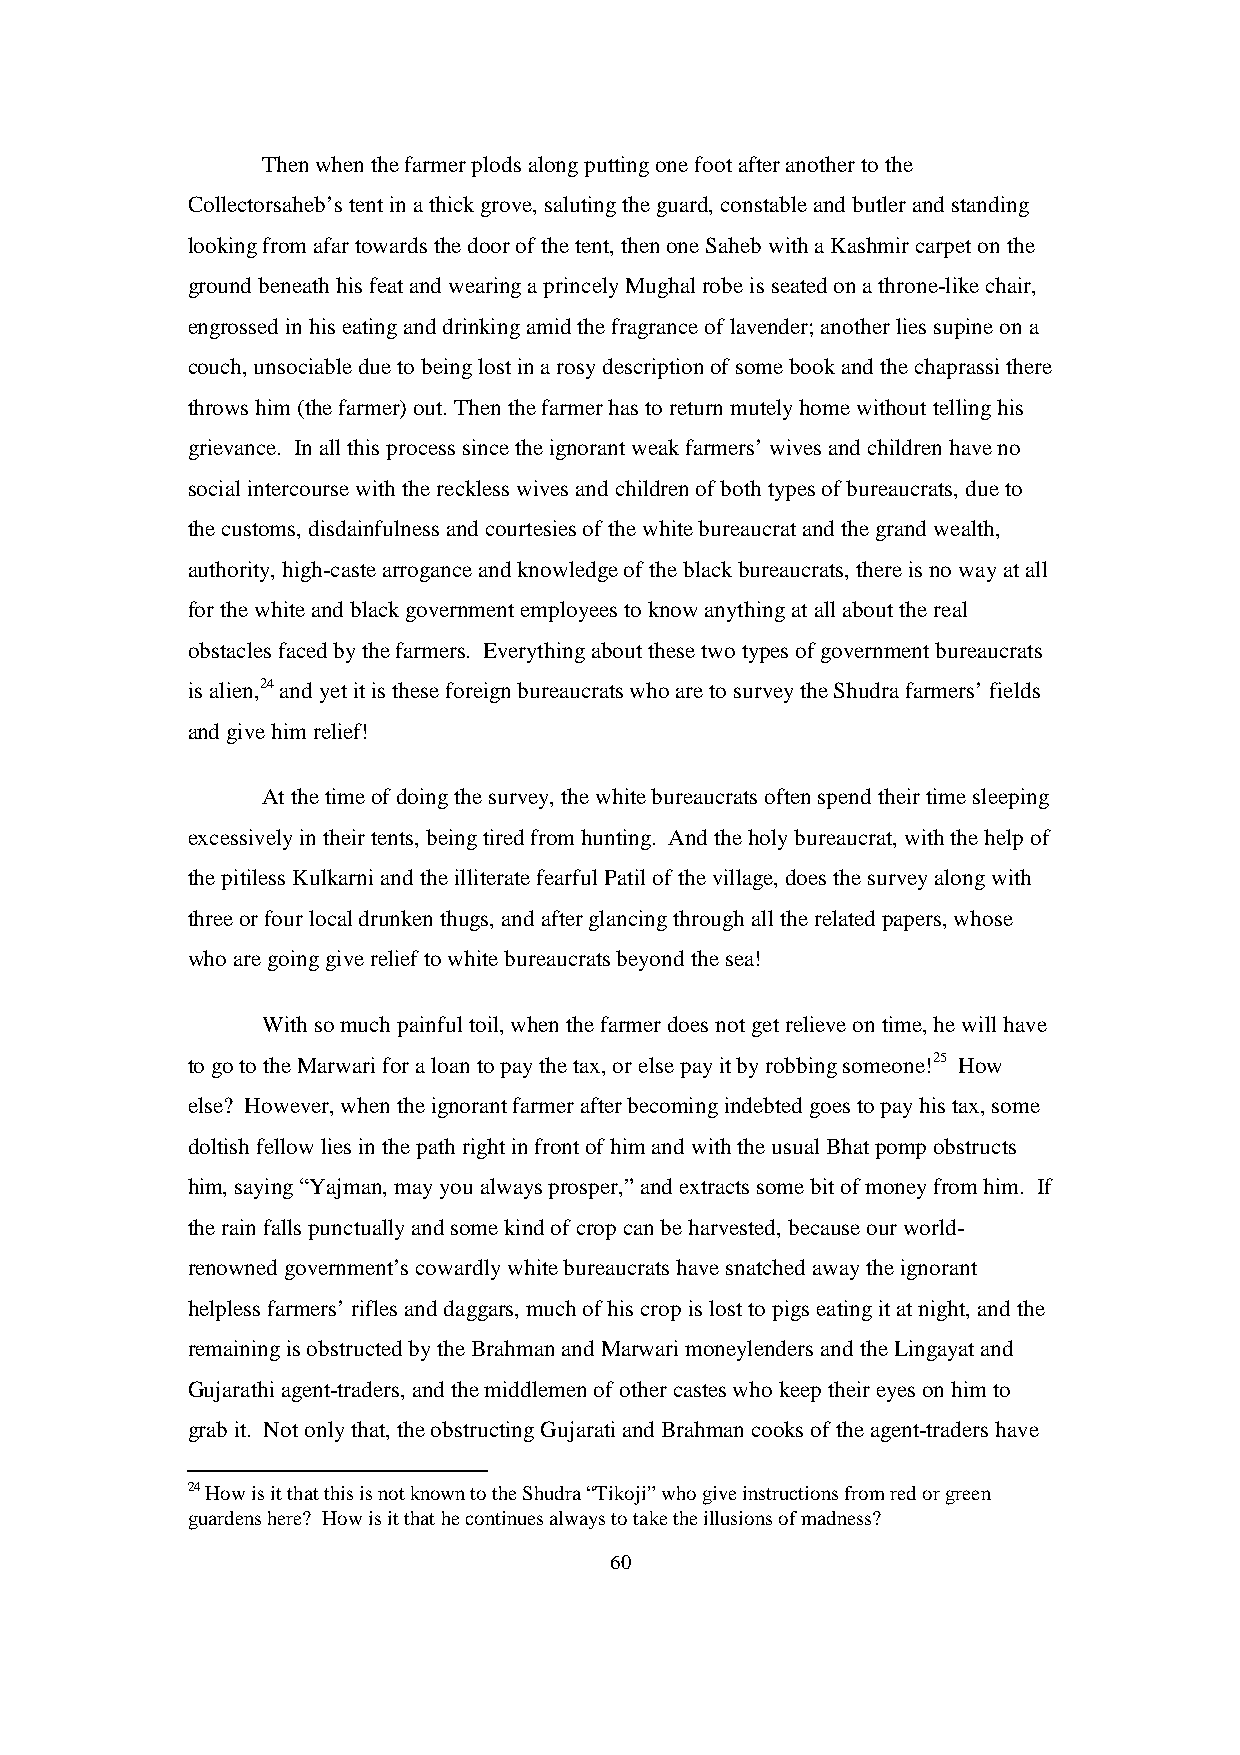
Then when the farmer plods along putting one foot after another to the
 Collectorsaheb’s tent in a thick grove, saluting the guard, constable and butler and standing
 looking from afar towards the door of the tent, then one Saheb with a Kashmir carpet on the
 ground beneath his feat and wearing a princely Mughal robe is seated on a throne-like chair,
 engrossed in his eating and drinking amid the fragrance of lavender; another lies supine on a
 couch, unsociable due to being lost in a rosy description of some book and the chaprassi there
 throws him (the farmer) out. Then the farmer has to return mutely home without telling his
 grievance. In all this process since the ignorant weak farmers’ wives and children have no
 social intercourse with the reckless wives and children of both types of bureaucrats, due to
 the customs, disdainfulness and courtesies of the white bureaucrat and the grand wealth,
 authority, high-caste arrogance and knowledge of the black bureaucrats, there is no way at all
 for the white and black government employees to know anything at all about the real
 obstacles faced by the farmers. Everything about these two types of government bureaucrats
 is alien,24 and yet it is these foreign bureaucrats who are to survey the Shudra farmers’ fields
 and give him relief!
 At the time of doing the survey, the white bureaucrats often spend their time sleeping
 excessively in their tents, being tired from hunting. And the holy bureaucrat, with the help of
 the pitiless Kulkarni and the illiterate fearful Patil of the village, does the survey along with
 three or four local drunken thugs, and after glancing through all the related papers, whose
 who are going give relief to white bureaucrats beyond the sea!
 With so much painful toil, when the farmer does not get relieve on time, he will have
 to go to the Marwari for a loan to pay the tax, or else pay it by robbing someone!25 How
 else? However, when the ignorant farmer after becoming indebted goes to pay his tax, some
 doltish fellow lies in the path right in front of him and with the usual Bhat pomp obstructs
 him, saying “Yajman, may you always prosper,” and extracts some bit of money from him. If
 the rain falls punctually and some kind of crop can be harvested, because our world-
 renowned government’s cowardly white bureaucrats have snatched away the ignorant
 helpless farmers’ rifles and daggars, much of his crop is lost to pigs eating it at night, and the
 remaining is obstructed by the Brahman and Marwari moneylenders and the Lingayat and
 Gujarathi agent-traders, and the middlemen of other castes who keep their eyes on him to
 grab it. Not only that, the obstructing Gujarati and Brahman cooks of the agent-traders have
 24 How is it that this is not known to the Shudra “Tikoji” who give instructions from red or green
 guardens here? How is it that he continues always to take the illusions of madness?
 60